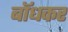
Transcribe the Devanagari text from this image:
बाॅधकर